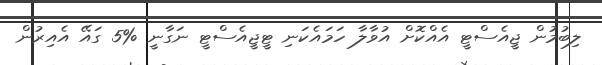
ލިބުމުން ޖީއެސްޓީ އެއްކޮށް އުވާލާ ހަމައެކަނި ޓީޖީއެސްޓީ ނަގާނީ %5 ގައޭ އެއިރުން